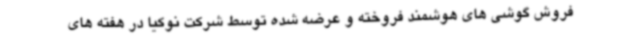
فروش گوشی های هوشمند فروخته و عرضه شده توسط شرکت نوکیا در هفته های